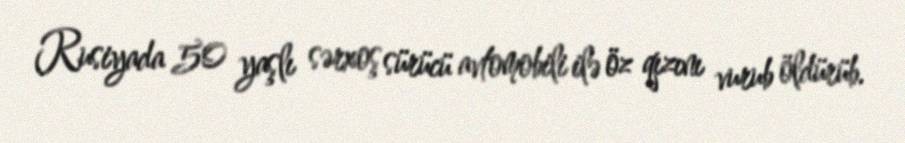
Rusiyada 50 yaşlı sərxoş sürücü avtomobili ilə öz qızını vurub öldürüb.